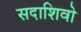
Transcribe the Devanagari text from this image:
सदाशिवो